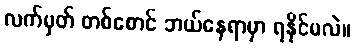
လက်မှတ် တစ်စောင် ဘယ်နေရာမှာ ရနိုင်မလဲ။